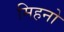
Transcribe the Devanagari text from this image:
मिहनो